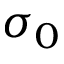
\sigma _ { 0 }